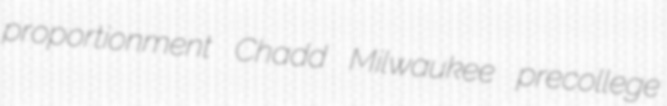
proportionment Chadd Milwaukee precollege